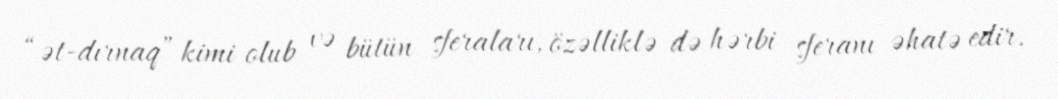
“ət-dırnaq” kimi olub və bütün sferaları, özəlliklə də hərbi sferanı əhatə edir.